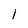
Character: l